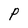
Character: P